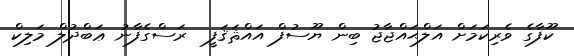
ކޫފާގެ ވެރިކަމަށް އަލްޙައްޖާޖު ބިން ޔޫސުފް އައްޘަޤަފީ  ރަސްގެފާނު ޢަބްދުލް މަލިކް